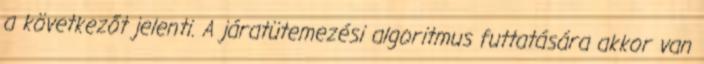
a következőt jelenti. A járatütemezési algoritmus futtatására akkor van